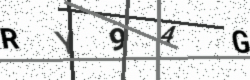
Text: RY94G